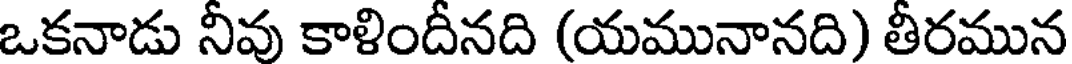
ఒకనాడు నీవు కాళిందీనది (యమునానది) తీరమున